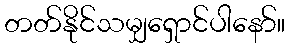
တတ်နိုင်သမျှရှောင်ပါနော်။